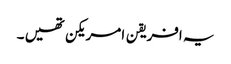
یہ افریقن امریکن تھیں ۔